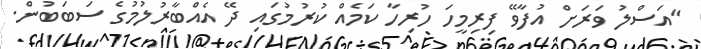
"އަސްލު ވަރަށް އުފާވޭ ފިރިމީހަ ހުރިހާ ކަމެއް ކުރުމުގައި ދޭ އެއްބާރުލުމުގެ ސަބަބުން.